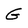
Character: G